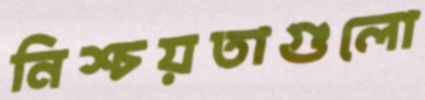
নিশ্চয়তাগুলো